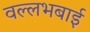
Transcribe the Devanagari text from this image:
वल्लभबाई